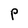
Character: P